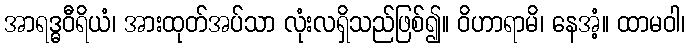
အာရဒ္ဓဝီရိယံ၊ အားထုတ်အပ်သာ လုံးလရှိသည်ဖြစ်၍။ ဝိဟာရာမိ၊ နေအံ့။ ထာမဝါ၊